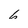
Character: 6